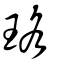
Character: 珞